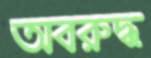
অবরুদ্ধ